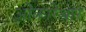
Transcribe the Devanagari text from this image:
ओंकारेश्वार